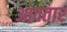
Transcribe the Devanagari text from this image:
आवतार